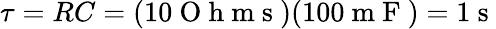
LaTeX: \tau=RC=(10\mathrm{~O~h~m~s~})(100\mathrm{~m~F~})=1\mathrm{~s~}